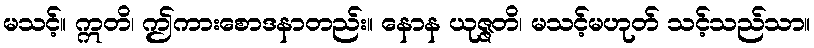
မသင့်။ ဣတိ၊ ဤကားစောဒနာတည်း။ နောန ယုဇ္ဇတိ၊ မသင့်မဟုတ် သင့်သည်သာ။